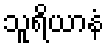
သူရိယာနံ